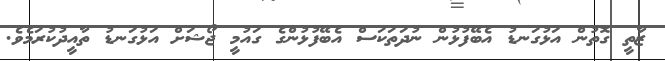
ޒާތީ ގޮތުން އަޅުގަނޑު އެބޭފުޅުން ނުދަތަކަސް އެބޭފުޅުންގެ ގައުމީ ޖޯޝަށް އަޅުގަނޑު ތާއީދުކުރަމެވެ.